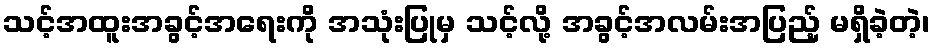
သင့်အထူးအခွင့်အရေးကို အသုံးပြုမှ သင့်လို့ အခွင့်အလမ်းအပြည့် မရှိခဲ့တဲ့၊